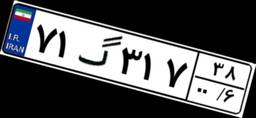
۷۱گ۳۱۷۳۸